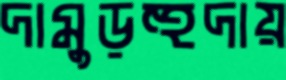
দামুড়হুদায়